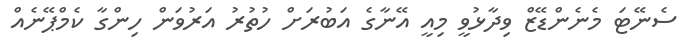
ސެނޭޓަ މެނެންޑޭޒް ވިދާޅުވީ މިއީ އޭނާގެ އަބުރަށް ހުތުރު އަރުވަން ހިންގާ ކެމްޕޭނެއް